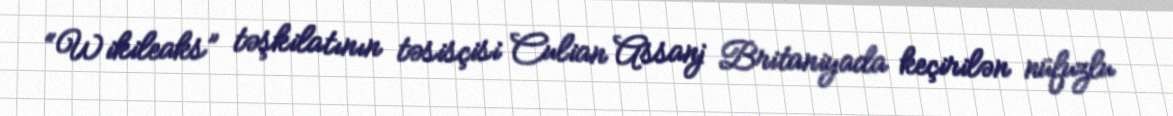
“Wikileaks” təşkilatının təsisçisi Culian Assanj Britaniyada keçirilən nüfuzlu